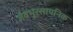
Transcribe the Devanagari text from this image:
जैवभूरसायनिक